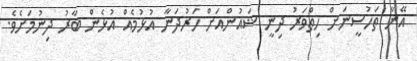
އޭނާ ތަހުސީނަށް ހިތްވަރު ދިނީ ޝައުންއަށް ހަރުދަނާ އުޅުމެއް އުޅެން ބާރު ދިނުމަށެވެ.